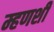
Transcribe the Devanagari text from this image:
म्हणशी